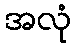
အလုံ